Insane asylums in Bengal annual reports 1876-1887 - 1876-1887
Year: 1876
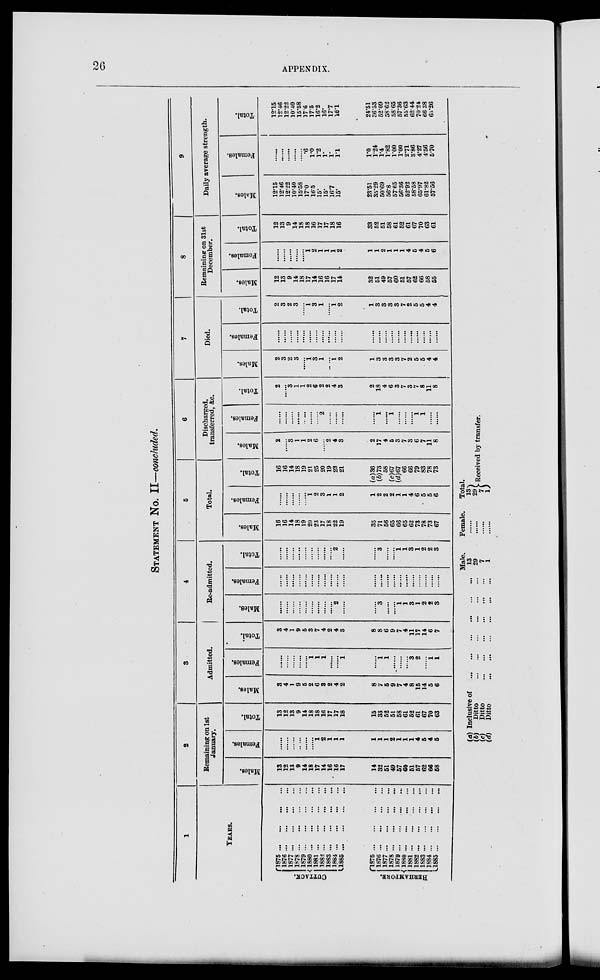
26
APPENDIX.
STATEMENT NO.
II—concluded.
1
YEARS.
CUTTACK.
BERHANPORE.
1875 ...
...
...
...
1876
...
...
...
...
1877
...
...
...
...
1878
...
...
...
...
1879 ... ... ... ...
1880 ... ... ... ...
1882
...
...
...
...
1883 ... ... ... ...
1884
...
...
...
...
1885 ... ... ... ...
1889
...
...
...
...
1875 ... ... ... ...
1876
...
...
...
...
1877
...
...
...
...
1878 ... ... ... ...
1879 ... ... ... ...
1880
...
...
...
...
1881 ... ... ... ...
1882
...
...
...
...
1883
...
...
...
...
1884 ... ... ... ...
1885
...
...
...
...
2
Remaining on 1st
January.
Males.
13
12
13
9
14
18
17
14
16
16
17
14
32
51
49
57
60
51
57
62
66
58
Females.
......
......
......
......
......
......
1
2
1
1
1
1
1
1
2
1
1
1
4
5
4
5
Total.
13
12
13
9
14
18
18
16
17
17
18
15
33
52
51
58
61
52
61
67
70
63
3
Admitted.
Males.
3
4
1
9
5
2
6
3
2
4
2
8
7
5
9
7
4
8
15
14
5
6
Females.
......
......
......
......
...... 1
1
1
......
......
1
......
1
1
......
......
......
3
2
......
1
1
Total.
3
4
1
9
5
3
7
4
2
4
3
8
8
6
9
7
4
11
17
14
6
7
4
Re-admitted.
Males.
......
......
......
......
......
......
......
......
......
2
......
......
3
......
......
1
1
3
1
2
2
3
Females.
......
......
......
......
......
......
......
......
......
......
......
......
......
......
......
......
......
......
......
......
......
......
Total.
......
......
......
......
......
......
......
......
......
2
......
......
3
......
......
1 1
3
1
2
2
3
5
Total.
Males.
16
16
14
18
19
20
23
17
18
22
19
35
71
56
65
66
65
62
73
78
73
67
Females.
......
......
......
......
......
1
2
3
1
1
2
1
2
2
2
1
1
4
6
5
5
6
Total.
16
16
14
18
19
21
25
20
19
23
21
(a)36
(b)73
58
(c)67
(d)67
66
66
79
83
78
73
6
Discharged,
transferred, Ac.
Mal es .
2
......
3
1
1
2
6
......
2
4
3
2
17
4
5
3
7
3
6
7
11
8
Females.
......
......
......
......
......
......
......
2
......
......
......
......
1
......
1
......
......
......
1
1
......
......
Total.
2
......
3
1
1
2
6
2
2
4
3
2
18
4
6
3
7
3
7
8
11
8
7
Died.
Males.
2
3
2
3
......
1
3
1
......
1
2
1
3
3
3
3
7
2
5
5
4
4
Females.
......
......
......
......
......
......
......
......
......
......
......
......
......
......
......
......
......
......
......
......
......
......
Total.
2
3
2
3
......
1
3
1
......
1
2
1
3
3
3
3
7
2
5
5
4
4
8
Remaining on 31st
December.
Males.
12
13
9
14
18
17
14
16
16
17
14
32
51
49
57
60
51
57
62
66
58
55
Females.
......
......
......
......
......
1
2
1
1
1
2
1
1
2
1
1
1
4
5
4
5
6
Total.
12
13
9
14
18
18
16
17
17
18
16
33
52
51
58
61
52
61
67
70
63
61
9
Daily average strength.
Males.
12.15
12.46
12.22
10.40
15.58
170
165
---
15.
16.7
15.
23.51
35.29
50.69
56.8
5765
56.36
52.92
58.58
65.97
61.82
57.56
Females.
......
......
......
......
...... .6
1.0
1.2
1.
1.
1.1
1.0
1.24
1.4
1.82
1.00
1.00
2.71
3.86
4.27
4.56
5.70
Total.
12.15
12.46
12.22
10.40
15.58
17.6
17.5
16.2
16.
17.7
16.1
24.51
36.53
52.09
58.62
58.65
57.36
55.63
62.44
70.24
66.38
63.26
(a) Inclusive of
...
...
...
...
...
...
(b)
Ditto
...
...
...
...
...
...
(c)
Ditto
...
...
...
...
...
...
(d)
Ditto
...
...
...
...
...
...
Male.
13
29
7
1
Female.
......
......
......
......
Total.
13
29
7
1
Received by transfer.